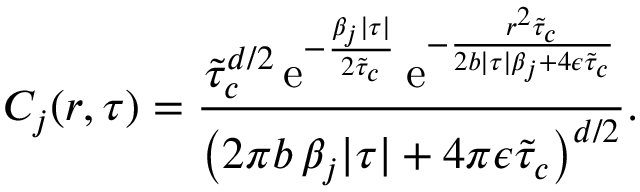
C _ { j } ( r , \tau ) = \frac { \tilde { \tau } _ { c } ^ { d / 2 } \, \mathrm { e } ^ { - \frac { \beta _ { j } \lvert \tau \rvert } { 2 \tilde { \tau } _ { c } } } \, \mathrm { e } ^ { - \frac { r ^ { 2 } \tilde { \tau } _ { c } } { 2 b \lvert \tau \rvert \beta _ { j } + 4 \epsilon \tilde { \tau } _ { c } } } } { \left( 2 \pi b \, \beta _ { j } \lvert \tau \rvert + 4 \pi \epsilon \tilde { \tau } _ { c } \right) ^ { d / 2 } } .